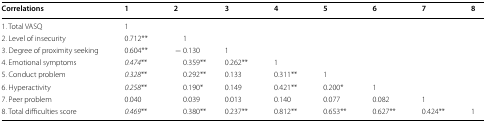
| Correlations | 1 | 2 | 3 | 4 | 5 | 6 | 7 | 8 |
 | --- | --- | --- | --- | --- | --- | --- | --- | --- |
 | 1. Total VASQ | 1 |  |  |  |  |  |  |  |
 | 2. Level of insecurity | 0.712** | 1 |  |  |  |  |  |  |
 | 3. Degree of proximity seeking | 0.604** | − 0.130 | 1 |  |  |  |  |  |
 | 4. Emotional symptoms | 0.474** | 0.359** | 0.262** | 1 |  |  |  |  |
 | 5. Conduct problem | 0.328** | 0.292** | 0.133 | 0.311** | 1 |  |  |  |
 | 6. Hyperactivity | 0.258** | 0.190* | 0.149 | 0.421** | 0.200* | 1 |  |  |
 | 7. Peer problem | 0.040 | 0.039 | 0.013 | 0.140 | 0.077 | 0.082 | 1 |  |
 | 8. Total difficulties score | 0.469** | 0.380** | 0.237** | 0.812** | 0.653** | 0.627** | 0.424** | 1 |